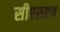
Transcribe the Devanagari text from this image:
सीएसएच